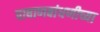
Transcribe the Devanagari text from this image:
पाषाणबांधणीच्या